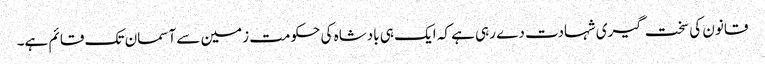
قانون کی سخت گیری شہادت دے رہی ہے کہ ایک ہی بادشاہ کی حکومت زمین سے آسمان تک قائم ہے۔